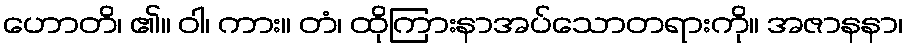
ဟောတိ၊ ၏။ ဝါ၊ ကား။ တံ၊ ထိုကြားနာအပ်သောတရားကို။ အဇာနနာ၊